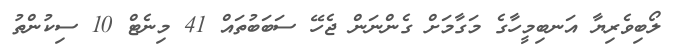
ލޯބިވެރިޔާ އަނބިމީހާގެ މަގާމަށް ގެންނަން ޖެހޭ ސަބަބުތައް 41 މިނެޓް 10 ސިކުންތު